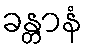
ခန္တာနံ